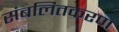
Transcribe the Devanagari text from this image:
संबलितकरण